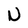
Character: N